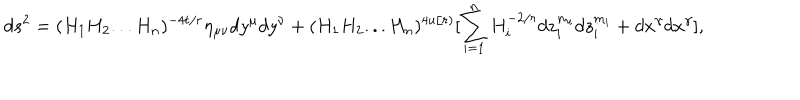
d s ^ { 2 } = ( H _ { 1 } H _ { 2 } . . . H _ { n } ) ^ { - 4 t / r } \eta _ { \mu \nu } d y ^ { \mu } d y ^ { \nu } + ( H _ { 1 } H _ { 2 } . . . H _ { n } ) ^ { 4 u / r ) } [ \sum _ { i = 1 } ^ { n } H _ { i } ^ { - 2 / r } d z _ { i } ^ { m _ { i } } d z _ { i } ^ { m _ { i } } + d x ^ { \gamma } d x ^ { \gamma } ] ,